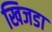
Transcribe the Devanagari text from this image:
खिजडा